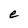
Character: e